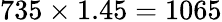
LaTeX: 735\times 1.45=1065